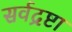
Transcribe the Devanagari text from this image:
सर्वद्रष्टा